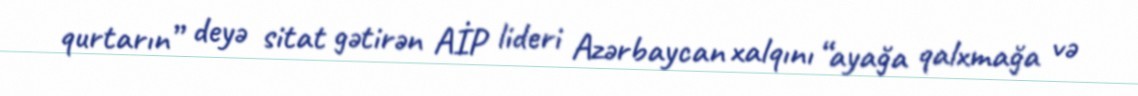
qurtarın” deyə sitat gətirən AİP lideri Azərbaycan xalqını “ayağa qalxmağa və